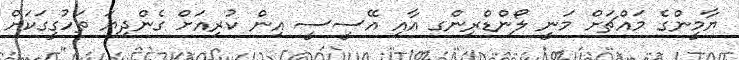
ޔާމީންގެ މައްޗަށް މަނީ ލޯންޑްރިންގ އާއި އޭސީސީ އިން ކުރިއަށް ގެންދިޔަ ތަހުގީގަކަށް